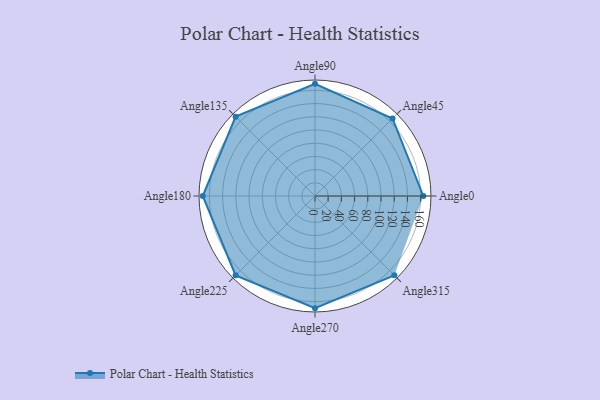
{"axis": {"x": "Angle", "y": "Radius"}, "legend": [""], "data": [{"x": "Angle0", "y": 164.0, "type": ""}, {"x": "Angle45", "y": 166.0, "type": ""}, {"x": "Angle90", "y": 170, "type": ""}, {"x": "Angle135", "y": 170, "type": ""}, {"x": "Angle180", "y": 170, "type": ""}, {"x": "Angle225", "y": 170, "type": ""}, {"x": "Angle270", "y": 170, "type": ""}, {"x": "Angle315", "y": 170, "type": ""}]}